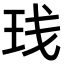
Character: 𬍙